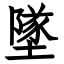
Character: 墜